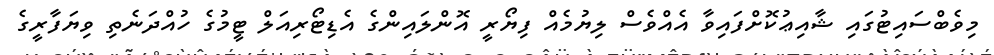
މިވެބްސައިޓުގައި ޝާއިޢުކޮށްފައިވާ އެއްވެސް ލިޔުމެއް ފިޔޯރީ އޮންލައިންގެ އެޑިޓޯރިއަލް ޓީމުގެ ހުއްދަނެތި ވިޔަފާރީގެ